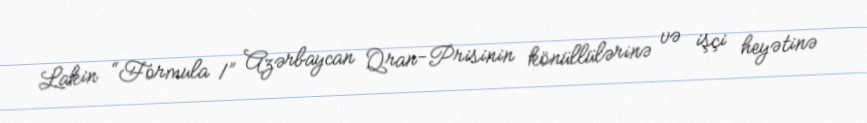
Lakin “Formula 1” Azərbaycan Qran-Prisinin könüllülərinə və işçi heyətinə